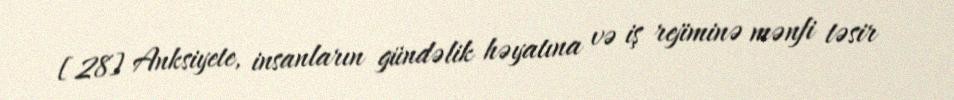
[28] Anksiyete, insanların gündəlik həyatına və iş rejiminə mənfi təsir